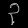
Digit: ၃